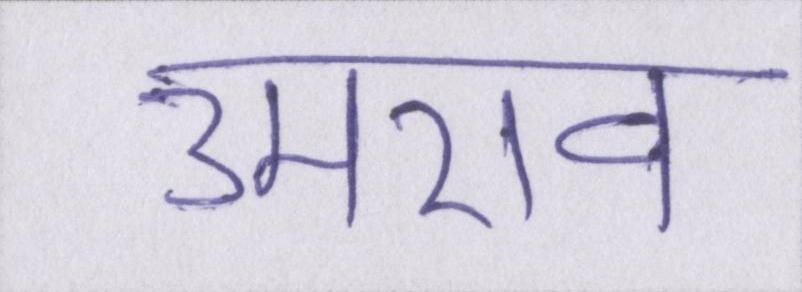
उमराव